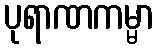
ပုရာဏကမ္မာ